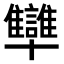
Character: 𠧐